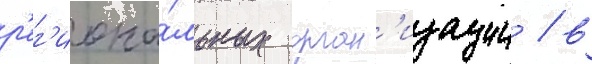
р'ег'иона́льных орган'изации / в